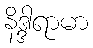
နိဒ္ဒါရာမာ